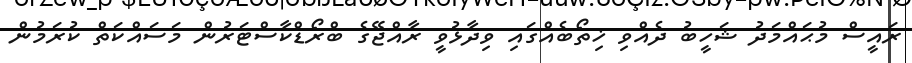
ރައީސް މުޙައްމަދު ޝަހީބު ދެއްވި ޚިތޯބެއްގައި ވިދާޅުވީ ރާއްޖޭގެ ބްރޯޑްކާސްޓަރުން މަސައްކަތް ކުރަމުން